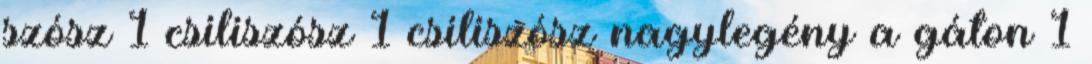
szósz 1 csiliszósz 1 csiliszósz nagylegény a gáton 1